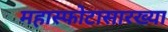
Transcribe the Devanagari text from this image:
महास्फोटासारख्या